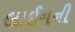
લાઈનની